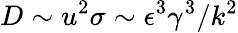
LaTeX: D\sim u^{2}\sigma\sim\epsilon^{3}\gamma^{3}/k^{2}